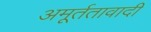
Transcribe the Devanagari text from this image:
अमूर्ततावादी